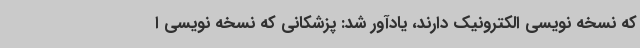
که نسخه نویسی الکترونیک دارند، یادآور شد: پزشکانی که نسخه نویسی ا